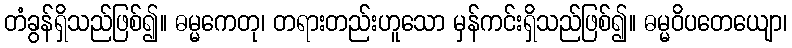
တံခွန်ရှိသည်ဖြစ်၍။ ဓမ္မကေတု၊ တရားတည်းဟူသော မှန်ကင်းရှိသည်ဖြစ်၍။ ဓမ္မဝိပတေယျော၊